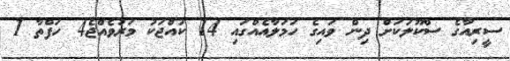
ސީރިއާގެ ސްކޫލަކަށް ދިން ވައިގެ ހަމަލާއެއްގައި 14 ކުއްޖަކު މަރުވެއްޖެ4 ހަފްތާ 1